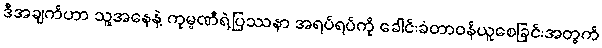
ဒီအချက်ဟာ သူ့အနေနဲ့ ကုမ္ပဏီရဲ့ပြဿနာ အရပ်ရပ်ကို ခေါင်းခံတာဝန်ယူစေခြင်းအတွက်